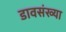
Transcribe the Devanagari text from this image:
डावसंख्या